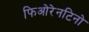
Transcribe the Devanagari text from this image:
फिओरेनटिनो